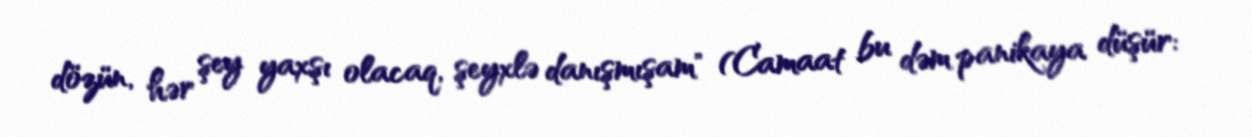
dözün, hər şey yaxşı olacaq, şeyxlə danışmışam" (Camaat bu dəm panikaya düşür: